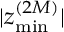
| z _ { \operatorname* { m i n } } ^ { ( 2 M ) } |